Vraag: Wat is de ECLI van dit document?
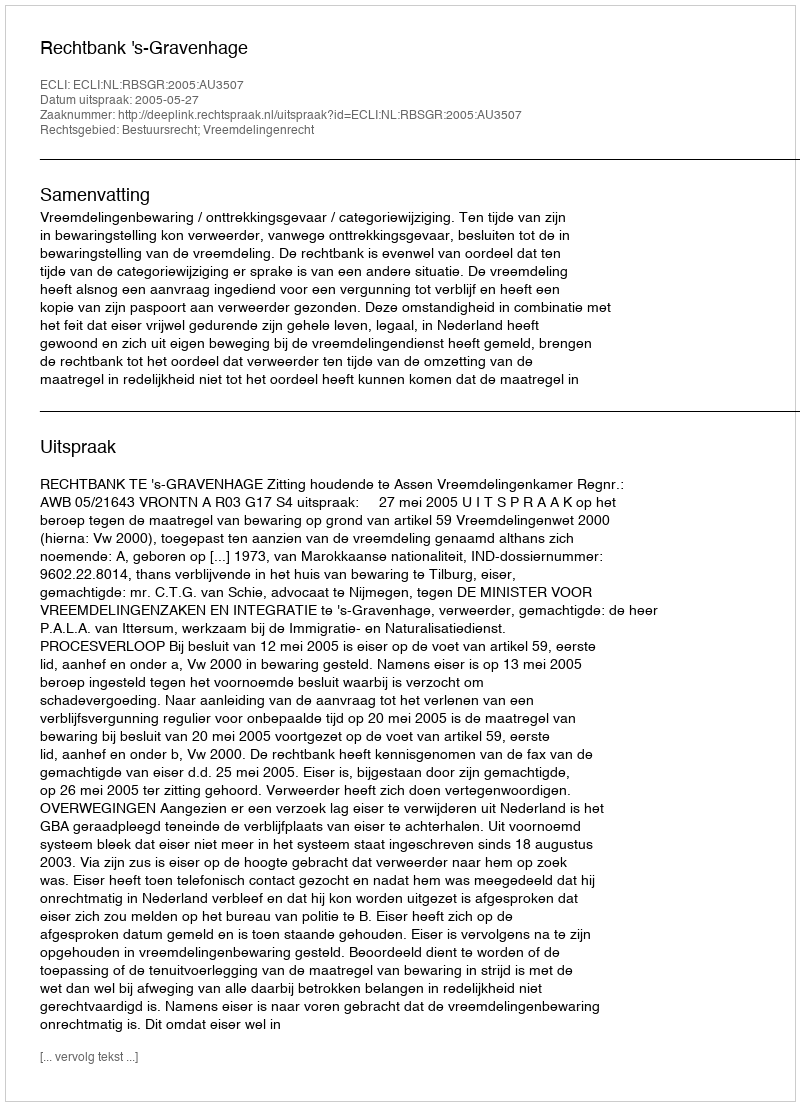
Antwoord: ECLI:NL:RBSGR:2005:AU3507